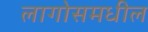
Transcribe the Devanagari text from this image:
लागोसमधील